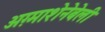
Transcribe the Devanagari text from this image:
अग़्माशेनेबेली